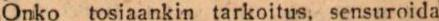
Onko tosiaankin tarkoitus, sensuroida